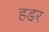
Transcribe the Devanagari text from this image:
हडर